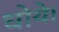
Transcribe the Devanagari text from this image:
धोये।